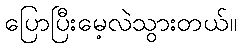
ပြောပြီးမေ့လဲသွားတယ်။